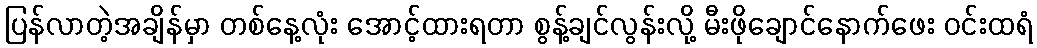
ပြန်လာတဲ့အချိန်မှာ တစ်နေ့လုံး အောင့်ထားရတာ စွန့်ချင်လွန်းလို့ မီးဖိုချောင်နောက်ဖေး ဝင်းထရံ